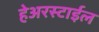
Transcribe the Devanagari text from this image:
हेअरस्टाईल